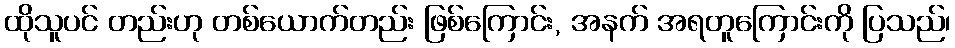
ထိုသူပင် တည်းဟု တစ်ယောက်တည်း ဖြစ်ကြောင်း, အနက် အရတူကြောင်းကို ပြသည်၊